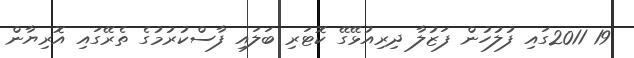
19 2011ގައި ފުލުހުން ފަޒުލާ ދިރިއުޅޭގޭ ކޮޓަރި ބަލައި ފާސްކުރުމުގެ ތެރޭގައި އޮޮރިޔާން